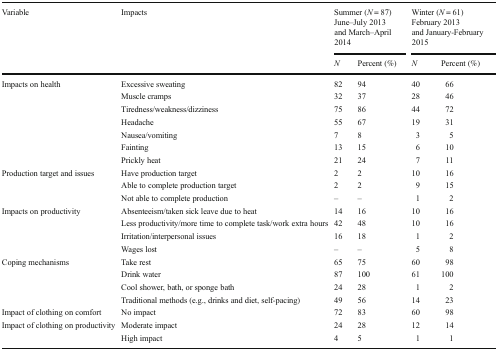
<table><thead><tr><td rowspan="2"><b>Variable</b></td><td rowspan="2"><b>Impacts</b></td><td colspan="2"><b>Summer (<i>N</i> = 87)June–July 2013 and March–April 2014</b></td><td colspan="2"><b>Winter (<i>N</i> = 61)February 2013 and January-February 2015</b></td></tr><tr><td><b><i>N</i></b></td><td><b>Percent (%)</b></td><td><b><i>N</i></b></td><td><b>Percent (%)</b></td></tr></thead><tbody><tr><td rowspan="7">Impacts on health</td><td>Excessive sweating</td><td>82</td><td>94</td><td>40</td><td>66</td></tr><tr><td>Muscle cramps</td><td>32</td><td>37</td><td>28</td><td>46</td></tr><tr><td>Tiredness/weakness/dizziness</td><td>75</td><td>86</td><td>44</td><td>72</td></tr><tr><td>Headache</td><td>55</td><td>67</td><td>19</td><td>31</td></tr><tr><td>Nausea/vomiting</td><td>7</td><td>8</td><td>3</td><td>5</td></tr><tr><td>Fainting</td><td>13</td><td>15</td><td>6</td><td>10</td></tr><tr><td>Prickly heat</td><td>21</td><td>24</td><td>7</td><td>11</td></tr><tr><td rowspan="3">Production target and issues</td><td>Have production target</td><td>2</td><td>2</td><td>10</td><td>16</td></tr><tr><td>Able to complete production target</td><td>2</td><td>2</td><td>9</td><td>15</td></tr><tr><td>Not able to complete production</td><td>–</td><td>–</td><td>1</td><td>2</td></tr><tr><td rowspan="4">Impacts on productivity</td><td>Absenteeism/taken sick leave due to heat</td><td>14</td><td>16</td><td>10</td><td>16</td></tr><tr><td>Less productivity/more time to complete task/work extra hours</td><td>42</td><td>48</td><td>10</td><td>16</td></tr><tr><td>Irritation/interpersonal issues</td><td>16</td><td>18</td><td>1</td><td>2</td></tr><tr><td>Wages lost</td><td>–</td><td>–</td><td>5</td><td>8</td></tr><tr><td rowspan="4">Coping mechanisms</td><td>Take rest</td><td>65</td><td>75</td><td>60</td><td>98</td></tr><tr><td>Drink water</td><td>87</td><td>100</td><td>61</td><td>100</td></tr><tr><td>Cool shower, bath, or sponge bath</td><td>24</td><td>28</td><td>1</td><td>2</td></tr><tr><td>Traditional methods (e.g., drinks and diet, self-pacing)</td><td>49</td><td>56</td><td>14</td><td>23</td></tr><tr><td>Impact of clothing on comfort</td><td>No impact</td><td>72</td><td>83</td><td>60</td><td>98</td></tr><tr><td rowspan="2">Impact of clothing on productivity</td><td>Moderate impact</td><td>24</td><td>28</td><td>12</td><td>14</td></tr><tr><td>High impact</td><td>4</td><td>5</td><td>1</td><td>1</td></tr></tbody></table>